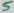
Text: 5